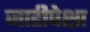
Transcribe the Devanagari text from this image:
जाडीपेक्षा